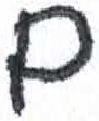
אות: ם